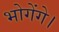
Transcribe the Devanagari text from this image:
भोगेंगे।